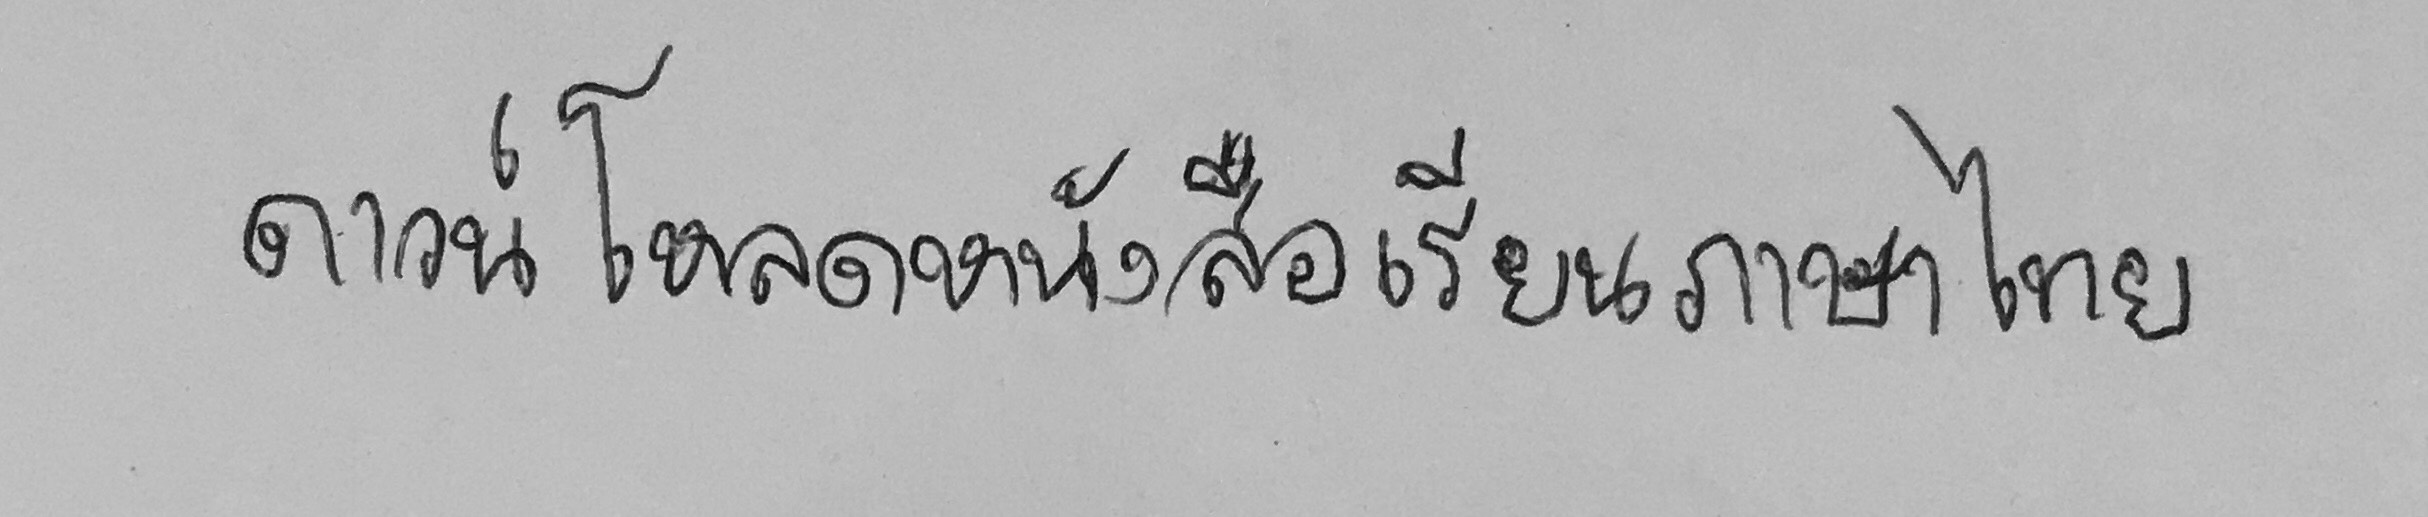
ดาวน์โหลดหนังสือเรียนภาษาไทย